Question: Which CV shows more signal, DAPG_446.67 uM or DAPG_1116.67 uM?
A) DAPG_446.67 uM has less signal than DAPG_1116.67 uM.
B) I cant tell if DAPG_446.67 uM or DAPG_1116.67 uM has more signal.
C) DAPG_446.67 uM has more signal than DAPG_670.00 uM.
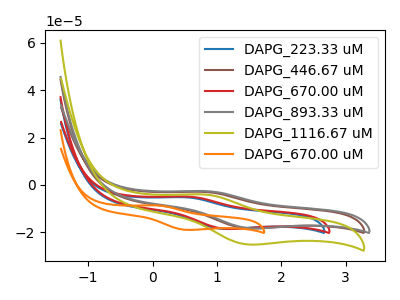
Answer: <think>The blue curve "DAPG_223.33 uM" has an anodic peak at (0.50V, -5.25uA) and a cathodic peak at (1.10V, -18.65uA). The brown curve "DAPG_446.67 uM" has an anodic peak at (0.80V, -2.95uA) and a cathodic peak at (1.50V, -18.40uA). The red curve "DAPG_670.00 uM" has an anodic peak at (0.55V, -4.95uA) and a cathodic peak at (1.15V, -18.60uA). The gray curve "DAPG_893.33 uM" has an anodic peak at (0.85V, -2.65uA) and a cathodic peak at (1.55V, -18.35uA). The olive curve "DAPG_1116.67 uM" has an anodic peak at (0.80V, -4.05uA) and a cathodic peak at (1.50V, -25.20uA). The orange curve "DAPG_670.00 uM" has an anodic peak at (0.05V, -8.70uA) and a cathodic peak at (0.50V, -19.05uA).
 All the peaks in "DAPG_446.67 uM" have a peak in "DAPG_1116.67 uM" at the same potential.</think>
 <answer>B) I cant tell if "DAPG_446.67 uM" or "DAPG_1116.67 uM" has more signal.</answer>
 <eval>B</eval>